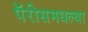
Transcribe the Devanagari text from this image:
पॅरीसमधल्या